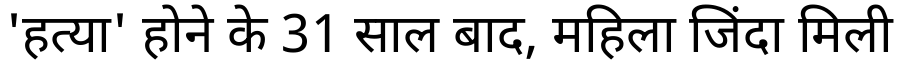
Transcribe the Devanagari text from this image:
'हत्या' होने के 31 साल बाद, महिला जिंदा मिली